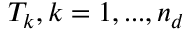
T _ { k } , k = 1 , . . . , n _ { d }